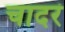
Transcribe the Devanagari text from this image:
चादरं